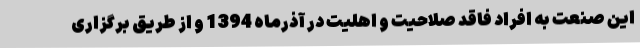
این صنعت به افراد فاقد صلاحیت و اهلیت در آذرماه 1394 و از طریق برگزاری